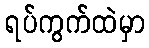
ရပ်ကွက်ထဲမှာ